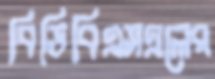
বিডিবিএসএলের